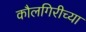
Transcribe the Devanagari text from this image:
कौलगिरीच्या